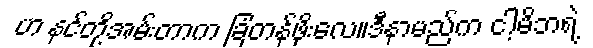
ဟ နင်တို့အမ်းတာက ခြံတန်ဖိုးလေ။ဒီနာမည်က ငါ့မိဘရဲ့